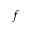
f